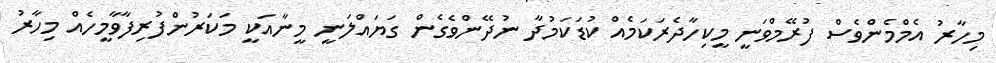
މިހާރު އެމްމެންވެސް ފުރޭމްވަނީ މީކިހާދެރަކަމެއް ކުޑަކަމުދާ ނުދޭންވެގެން ގަޔައްލަނީ މީނާއަކީ މަކަރުންފުރިފާވާމީހެއް މިހާރު